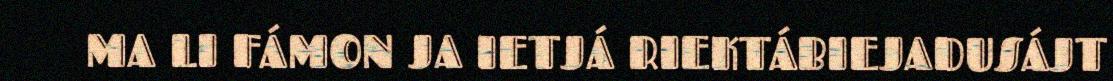
MA LI FÁMON JA IETJÁ RIEKTÁBIEJADUSÁJT